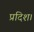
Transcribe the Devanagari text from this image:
प्रदिश।